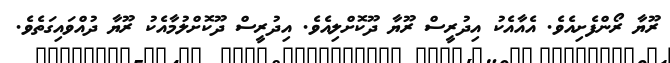
ރޫޔާ ރޯންފެށިއެވެ. އެއާއެކު އިދުރީސް ރޫޔާ ދޫކޮށްލިއެވެ. އިދުރީސް ދޫކޮށްލުމާއެކު ރޫޔާ ދުއްވައިގަތެވެ.